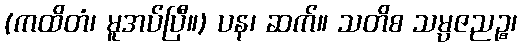
(ကထိတံ၊ မူအပ်ပြီ။) ပန၊ ဆက်။ သတိစ သမ္ပဇညဉ္စ၊